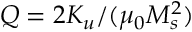
Q = 2 K _ { u } / ( \mu _ { 0 } M _ { s } ^ { 2 } )